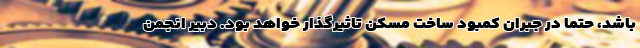
باشد، حتما در جبران کمبود ساخت مسکن تاثیرگذار خواهد بود. دبیر انجمن